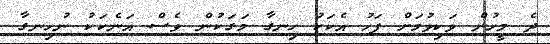
ދެ މީހުން ވަކިވުމަށް ފަހު އެކަކު ހިނގާ މަގަކުން ވެސް އަނެކަކު ނުހިނގާ